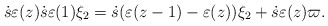
\begin{align*}\dot{s}\varepsilon(z) \dot{s} \varepsilon(1) \xi_2=\dot{s} (\varepsilon (z-1)-\varepsilon(z) ) \xi_2+ \dot{s}\varepsilon(z)\varpi.\end{align*}